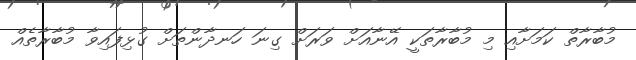
މުބާރާތް ކަމަށާއި މި މުބާރާތަކީ އޭނާއަށް ވަރަށް ގިނަ ހަނދާންތަށް ގުޅިފައިވާ މުބާރާތެއް